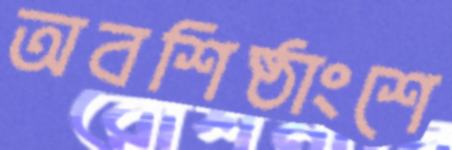
অবশিষ্ঠাংশে